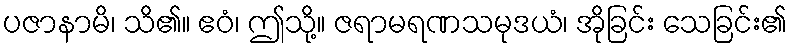
ပဇာနာမိ၊ သိ၏။ ဧဝံ၊ ဤသို့။ ဇရာမရဏသမုဒယံ၊ အိုခြင်း သေခြင်း၏